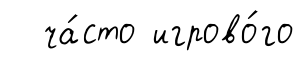
ча́сто игрово́го